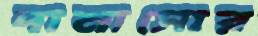
দামাসোর